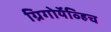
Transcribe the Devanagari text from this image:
ग्रिगोर्येव्हिच